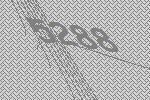
5288